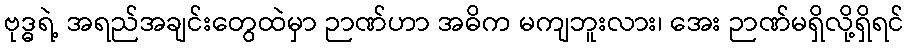
ဗုဒ္ဓရဲ့ အရည်အချင်းတွေထဲမှာ ဉာဏ်ဟာ အဓိက မကျဘူးလား၊ အေး ဉာဏ်မရှိလို့ရှိရင်